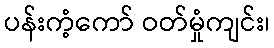
ပန်းကံ့ကော် ဝတ်မှုံကျင်း၊